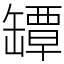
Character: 罈